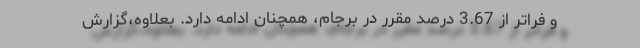
و فراتر از 3.67 درصد مقرر در برجام، همچنان ادامه دارد. بعلاوه،گزارش